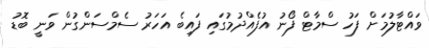
ވައްޓާލުމަށް ފަހު ސްމާޓް ފޯނު އުފެއްދުމުގައި ފައިބެ އަހަރު ސެމްސަންގުން ވަނީ ބޮޑު